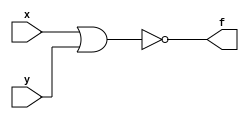
module norgate(x, y, f);
	input x,y;
	output f;
	assign f = ~(x | y);
endmodule